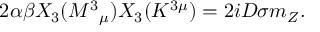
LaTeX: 2 \alpha \beta X _ { 3 } ( M ^ { 3 } { } _ { \mu } ) X _ { 3 } ( K ^ { 3 \mu } ) = 2 i D \sigma m _ { Z } .